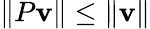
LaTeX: \| P\mathbf{v}\| \leq\| \mathbf{v}\|